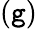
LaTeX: (\mathtt{g})